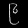
Digit: ၉